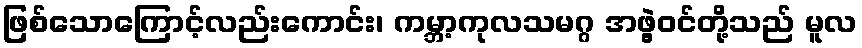
ဖြစ်သောကြောင့်လည်းကောင်း၊ ကမ္ဘာ့ကုလသမဂ္ဂ အဖွဲ့ဝင်တို့သည် မူလ